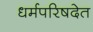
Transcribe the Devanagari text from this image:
धर्मपरिषदेत